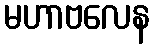
မဟာဗလေန